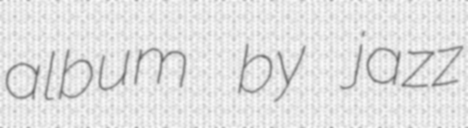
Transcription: album by jazz